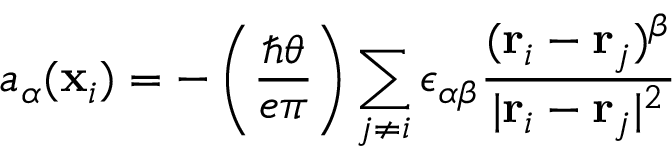
a _ { \alpha } ( { \bf x } _ { i } ) = - \left( { \frac { \hbar \theta } { e \pi } } \right) \sum _ { j \ne i } \epsilon _ { \alpha \beta } { \frac { ( { \bf r } _ { i } - { \bf r } _ { j } ) ^ { \beta } } { \vert { \bf r } _ { i } - { \bf r } _ { j } \vert ^ { 2 } } }